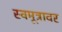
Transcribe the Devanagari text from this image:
स्वमूत्रावर